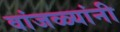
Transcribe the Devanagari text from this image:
वांजळ्यांनी